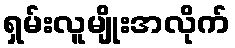
ရှမ်းလူမျိုးအလိုက်